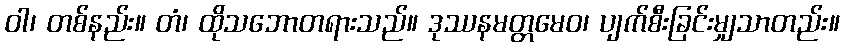
ဝါ၊ တစ်နည်း။ တံ၊ ထိုသဘောတရားသည်။ ဒုဿနမတ္တမေဝ၊ ပျက်စီးခြင်းမျှသာတည်း။